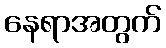
နေရာအတွက်